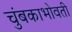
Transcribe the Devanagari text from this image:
चुंबकाभोवती